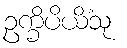
ဥက္ခိပိယိံသု